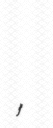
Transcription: ⵍⴽⵓⵜⵓⴱⵉⵢⵢⴰ,